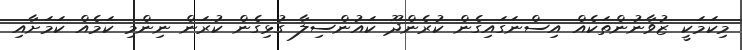
މިކަމަކީ ޒުވާނުންތަކެއް އިސްނަގައިގެން ކުރެންދޫ ކައުންސިލާ ގުޅިގެން ކުރަން ނިންމި ކަމެއް ކަމަށާއި